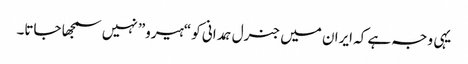
یہی وجہ ہے کہ ایران میں جنرل ہمدانی کو “ہیرو” نہیں سمجھا جاتا۔